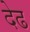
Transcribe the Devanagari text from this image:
देढ